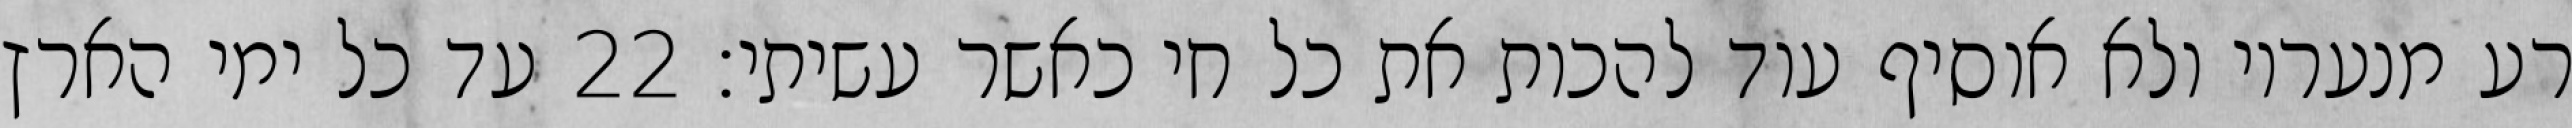
רע מנעריו ולא אוסיף עוד להכות את כל חי כאשר עשיתי׃ ‎22‏ עד כל ימי הארץ